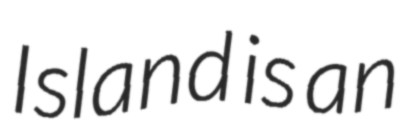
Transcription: Island is an